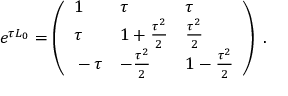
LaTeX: e ^ { \tau L _ { 0 } } = \left( \begin{array} { l l l } { { \strut 1 } } & { { \tau } } & { { \tau } } \\ { { \strut \tau } } & { { 1 + { \frac { \tau ^ { 2 } } { 2 } } } } & { { { \frac { \tau ^ { 2 } } { 2 } } } } \\ { { \strut - \tau } } & { { - { \frac { \tau ^ { 2 } } { 2 } } } } & { { 1 - { \frac { \tau ^ { 2 } } { 2 } } } } \end{array} \right) \ .